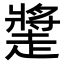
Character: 𧽩